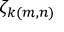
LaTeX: \zeta _ { k ( m , n ) }